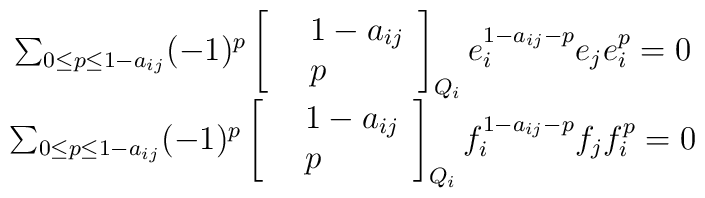
\begin{array}{c}  \sum_{0\le p \le 1-a_{ij}} (-1)^{p}  \left[  \begin{array}{clcr} &1-a_{ij}\\ &p \end{array}  \right]_{Q_{i}}e_{i}^{1-a_{ij}-p} e_{j} e_{i}^{p}= 0\\ \sum_{0\le p \le 1-a_{ij}} (-1)^{p} \left[  \begin{array}{clcr} &1-a_{ij} \\&p \end{array}  \right]_{Q_{i}}f_{i}^{1-a_{ij}-p} f_{j} f_{i}^{p} =0 \end{array}